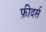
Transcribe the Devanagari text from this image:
फ़ीदर्स